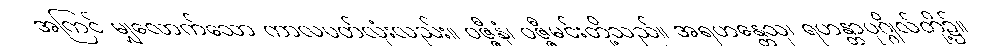
အကြင် မျှလောက်သော ကာလပတ်လုံးလည်း။ ဝဇ္ဇီနံ၊ ဝဇ္ဇီမင်းတို့သည်။ အရဟန္တေသု၊ ရဟန္တာပုဂ္ဂိုလ်တို့၌။